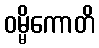
ဝမ္မိကောတိ